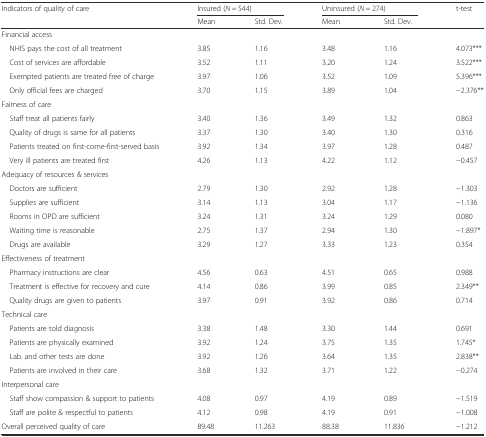
<table><thead><tr><td rowspan="2"><b>Indicators of quality of care</b></td><td colspan="2"><b>Insured (<i>N</i> = 544)</b></td><td colspan="2"><b>Uninsured (<i>N</i> = 274)</b></td><td rowspan="2"><b>t-test</b></td></tr><tr><td><b>Mean</b></td><td><b>Std. Dev.</b></td><td><b>Mean</b></td><td><b>Std. Dev.</b></td></tr></thead><tbody><tr><td colspan="6">Financial access</td></tr><tr><td> NHIS pays the cost of all treatment</td><td>3.85</td><td>1.16</td><td>3.48</td><td>1.16</td><td>4.073***</td></tr><tr><td> Cost of services are affordable</td><td>3.52</td><td>1.11</td><td>3.20</td><td>1.24</td><td>3.522***</td></tr><tr><td> Exempted patients are treated free of charge</td><td>3.97</td><td>1.06</td><td>3.52</td><td>1.09</td><td>5.396***</td></tr><tr><td> Only official fees are charged</td><td>3.70</td><td>1.15</td><td>3.89</td><td>1.04</td><td>−2.376**</td></tr><tr><td colspan="6">Fairness of care</td></tr><tr><td> Staff treat all patients fairly</td><td>3.40</td><td>1.36</td><td>3.49</td><td>1.32</td><td>0.863</td></tr><tr><td> Quality of drugs is same for all patients</td><td>3.37</td><td>1.30</td><td>3.40</td><td>1.30</td><td>0.316</td></tr><tr><td> Patients treated on first-come-first-served basis</td><td>3.92</td><td>1.34</td><td>3.97</td><td>1.28</td><td>0.487</td></tr><tr><td> Very ill patients are treated first</td><td>4.26</td><td>1.13</td><td>4.22</td><td>1.12</td><td>−0.457</td></tr><tr><td colspan="6">Adequacy of resources &amp; services</td></tr><tr><td> Doctors are sufficient</td><td>2.79</td><td>1.30</td><td>2.92</td><td>1.28</td><td>−1.303</td></tr><tr><td> Supplies are sufficient</td><td>3.14</td><td>1.13</td><td>3.04</td><td>1.17</td><td>−1.136</td></tr><tr><td> Rooms in OPD are sufficient</td><td>3.24</td><td>1.31</td><td>3.24</td><td>1.29</td><td>0.080</td></tr><tr><td> Waiting time is reasonable</td><td>2.75</td><td>1.37</td><td>2.94</td><td>1.30</td><td>−1.897*</td></tr><tr><td> Drugs are available</td><td>3.29</td><td>1.27</td><td>3.33</td><td>1.23</td><td>0.354</td></tr><tr><td colspan="6">Effectiveness of treatment</td></tr><tr><td> Pharmacy instructions are clear</td><td>4.56</td><td>0.63</td><td>4.51</td><td>0.65</td><td>0.988</td></tr><tr><td> Treatment is effective for recovery and cure</td><td>4.14</td><td>0.86</td><td>3.99</td><td>0.85</td><td>2.349**</td></tr><tr><td> Quality drugs are given to patients</td><td>3.97</td><td>0.91</td><td>3.92</td><td>0.86</td><td>0.714</td></tr><tr><td colspan="6">Technical care</td></tr><tr><td> Patients are told diagnosis</td><td>3.38</td><td>1.48</td><td>3.30</td><td>1.44</td><td>0.691</td></tr><tr><td> Patients are physically examined</td><td>3.92</td><td>1.24</td><td>3.75</td><td>1.35</td><td>1.745*</td></tr><tr><td> Lab. and other tests are done</td><td>3.92</td><td>1.26</td><td>3.64</td><td>1.35</td><td>2.838**</td></tr><tr><td> Patients are involved in their care</td><td>3.68</td><td>1.32</td><td>3.71</td><td>1.22</td><td>−0.274</td></tr><tr><td colspan="6">Interpersonal care</td></tr><tr><td> Staff show compassion &amp; support to patients</td><td>4.08</td><td>0.97</td><td>4.19</td><td>0.89</td><td>−1.519</td></tr><tr><td> Staff are polite &amp; respectful to patients</td><td>4.12</td><td>0.98</td><td>4.19</td><td>0.91</td><td>−1.008</td></tr><tr><td>Overall perceived quality of care</td><td>89.48</td><td>11.263</td><td>88.38</td><td>11.836</td><td>−1.212</td></tr></tbody></table>